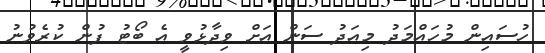
ހުސައިން މުހައްމަދު މިއަދު ސަން އަށް ވިދާޅުވީ އެ ބޯޓު ފުން ކުރެވުނު